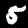
Digit: 5